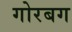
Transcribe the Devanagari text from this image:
गोरबग